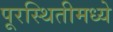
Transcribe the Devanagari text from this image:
पूरस्थितीमध्ये